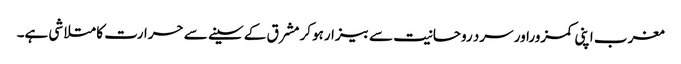
مغرب اپنی کمزوراور سرد روحانیت سے بیزارہوکر مشرق کے سینے سے حرارت کا متلاشی ہے۔